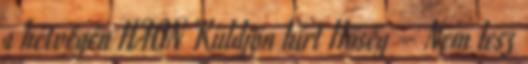
a hétvégén HAON Küldjön hírt Hőség – Nem lesz